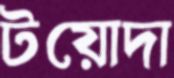
টয়োদা